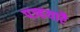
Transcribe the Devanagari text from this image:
पज्हयारै